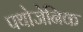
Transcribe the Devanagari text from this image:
पथोजेनिक